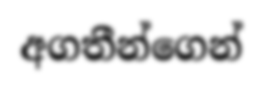
අගතීන්ගෙන්